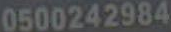
0500242984